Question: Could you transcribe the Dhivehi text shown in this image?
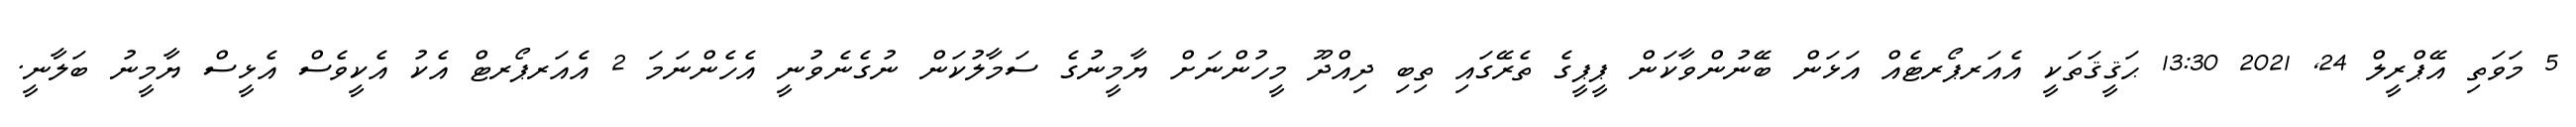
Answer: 5 މަވަތި އޭޕްރީލް 24, 2021 13:30 ޙަޤީޤަތަކީ އެއަރޕޯރޓެއް އަޅަން ބޭނުންވާކަން ޕީޕީގެ ތެރޭގައި ތިބި ދިއްދޫ މީހުންނަށް ޔާމީނުގެ ސަމާލުކަން ނުގެނެވުނީ އެހެންނަމަ 2 އެއަރޕޯރޓް އެކު އެކީވެސް އެޅީސް ޔާމީނު ބަލާނީ.